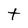
Character: t